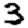
Digit: 3